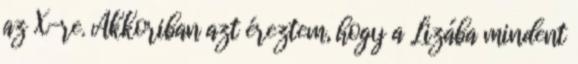
az X-re. Akkoriban azt éreztem, hogy a Lizába mindent